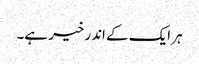
ہر ایک کے اندر خیر ہے۔